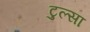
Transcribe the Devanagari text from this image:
टुल्‍सा